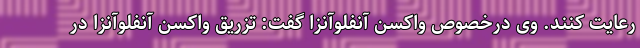
رعایت کنند. وی درخصوص واکسن آنفلوآنزا گفت: تزریق واکسن آنفلوآنزا در